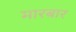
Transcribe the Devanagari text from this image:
मारबार